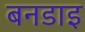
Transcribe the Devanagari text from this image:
बनडाइ